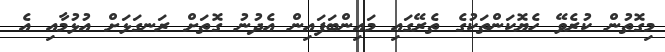
މިގޮތުން ކުރެވޭ ހެޔޮކަންތަކުގެ ތެރޭގައި މައިންބަފައިން އެދުނު ގޮތަށް ރަނގަޅަށް އުޅުމާއި އެ